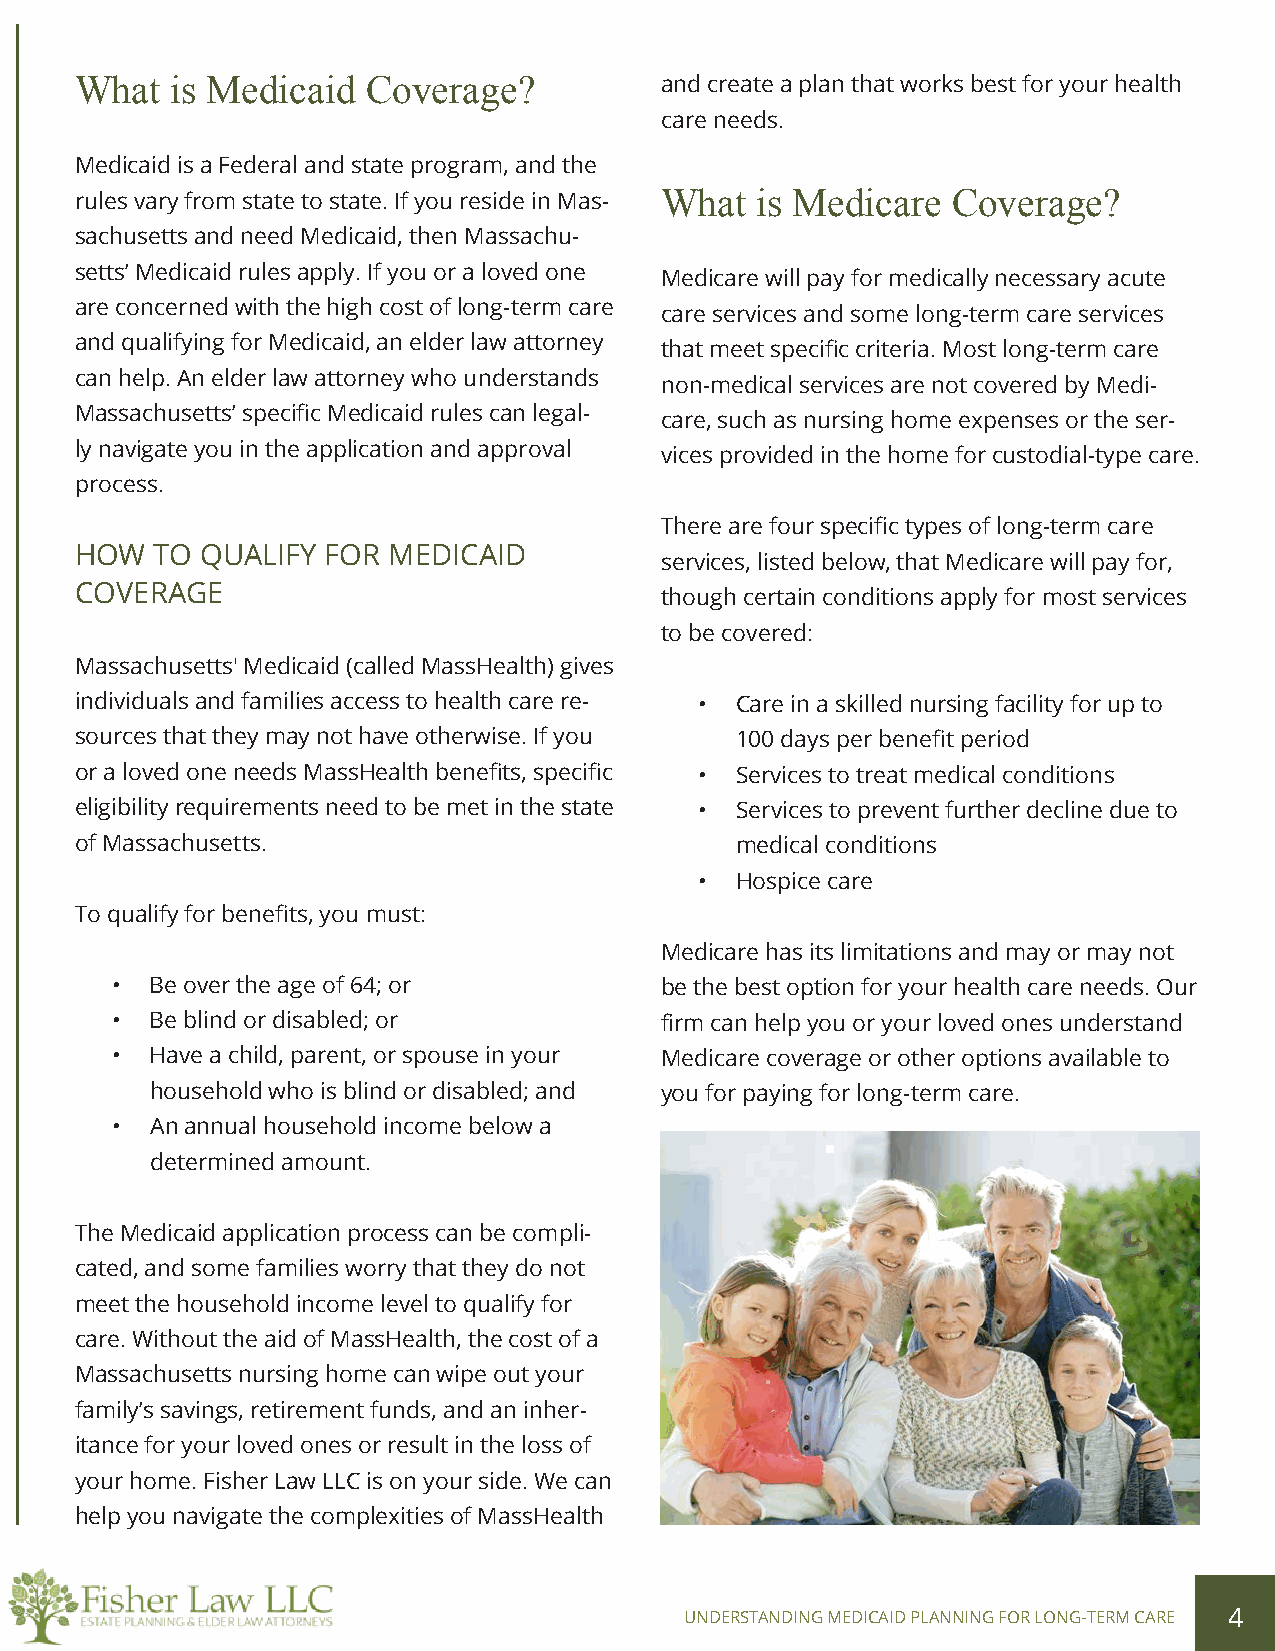
What  is Medicaid  Coverage?           and create a plan that works best for your health
 care needs.
 Medicaid is a Federal and state program, and the
 rules vary from state to state. If you reside in Mas- What is Medicare Coverage?
 sachusetts and need Medicaid, then Massachu-
 setts’ Medicaid rules apply. If you or a loved one
 Medicare will pay for medically necessary acute
 are concerned with the high cost of long-term care
 care services and some long-term care services
 and qualifying for Medicaid, an elder law attorney
 that meet specific criteria. Most long-term care
 can help. An elder law attorney who understands
 non-medical services are not covered by Medi-
 Massachusetts’ specific Medicaid rules can legal-
 care, such as nursing home expenses or the ser-
 ly navigate you in the application and approval
 vices provided in the home for custodial-type care.
 process.
 There are four specific types of long-term care
 HOW  TO QUALIFY  FOR MEDICAID
 services, listed below, that Medicare will pay for,
 COVERAGE
 though certain conditions apply for most services
 to be covered:
 Massachusetts' Medicaid (called MassHealth) gives
 individuals and families access to health care re- • Care in a skilled nursing facility for up to
 sources that they may not have otherwise. If you 100 days per benefit period
 or a loved one needs MassHealth benefits, specific • Services to treat medical conditions
 eligibility requirements need to be met in the state • Services to prevent further decline due to
 of Massachusetts.                           medical conditions
 •  Hospice care
 To qualify for benefits, you must:
 Medicare has its limitations and may or may not
 •  Be over the age of 64; or         be the best option for your health care needs. Our
 •  Be blind or disabled; or          firm can help you or your loved ones understand
 •  Have a child, parent, or spouse in your Medicare coverage or other options available to
 household who is blind or disabled; and you for paying for long-term care.
 •  An annual household income below a
 determined amount.
 The Medicaid application process can be compli-
 cated, and some families worry that they do not
 meet the household income level to qualify for
 care. Without the aid of MassHealth, the cost of a
 Massachusetts nursing home can wipe out your
 family’s savings, retirement funds, and an inher-
 itance for your loved ones or result in the loss of
 your home. Fisher Law LLC is on your side. We can
 help you navigate the complexities of MassHealth
 UNDERSTANDING MEDICAID PLANNING FOR LONG-TERM CARE 4